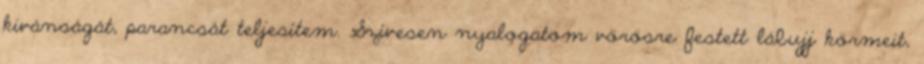
kivánságát, parancsát teljesítem. Szívesen nyalogatom vörösre festett lábujj körmeit,